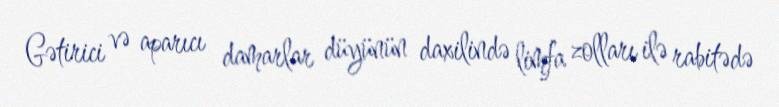
Gətirici və aparıcı damarlar düyünün daxilində limfa zolları ilə rabitədə